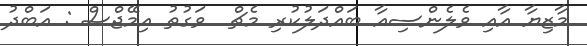
މާޒިޔާ އާއި ވެލެންސިއާ ބައްދަލުކުރި މެޗް  ވަގުތު އިމޭޖްސް : އަބްދު